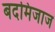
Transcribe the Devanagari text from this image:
बदमिजाज